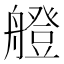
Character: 艠